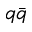
q \bar { q }